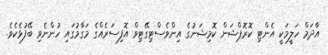
އާދަމް ހަލީމަކީ އެންޓި ކޮރޮޕްޝަން ކޮމިޝަނުގެ އިންވެސްޓިގޭޓިވް އޮފިސަރެއްގެ މަގާމުގައި ހުންނެވި ބޭފުޅެކެވެ.